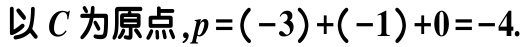
以 \(C\) 为原点,\(p=(-3)+(-1)+0=-4\).